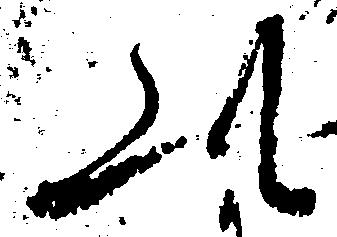
此